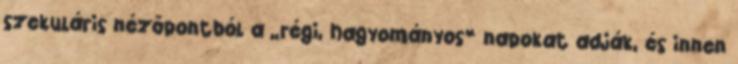
szekuláris nézőpontból a „régi, hagyományos” napokat adják, és innen